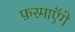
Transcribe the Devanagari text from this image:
फ़रमाएॅगे